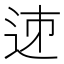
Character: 𨒘